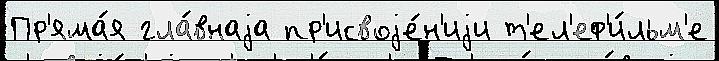
Пр'яма́я гла́внаjа пр'исвоjе́н'иjи т'ел'еф'и́льм'е